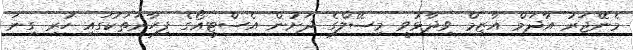
މެނޭޖަރު އާދަމް އާޒިމް ވިދާޅުވީ މިސޭލްގެ ދަށުން އެސްޓީއޯގެ ފިހާރަތަކުގައި ހުރި ގިނަ